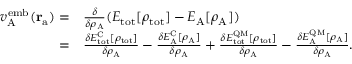
\begin{array} { r l } { v _ { \mathrm { A } } ^ { \mathrm { e m b } } ( \mathbf { r } _ { \mathrm { a } } ) = } & { \frac { \delta } { \delta \rho _ { \mathrm { A } } } ( E _ { \mathrm { t o t } } [ \rho _ { \mathrm { t o t } } ] - E _ { \mathrm { A } } [ \rho _ { \mathrm { A } } ] ) } \\ { = } & { \frac { \delta E _ { \mathrm { t o t } } ^ { \mathrm { C } } [ \rho _ { \mathrm { t o t } } ] } { \delta \rho _ { \mathrm { A } } } - \frac { \delta E _ { \mathrm { A } } ^ { \mathrm { C } } [ \rho _ { \mathrm { A } } ] } { \delta \rho _ { \mathrm { A } } } + \frac { \delta E _ { \mathrm { t o t } } ^ { \mathrm { Q M } } [ \rho _ { \mathrm { t o t } } ] } { \delta \rho _ { \mathrm { A } } } - \frac { \delta E _ { \mathrm { A } } ^ { \mathrm { Q M } } [ \rho _ { \mathrm { A } } ] } { \delta \rho _ { \mathrm { A } } } . } \end{array}